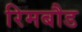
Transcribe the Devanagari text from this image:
रिमबौड